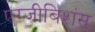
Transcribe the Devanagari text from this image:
एग्जीबिशंस